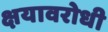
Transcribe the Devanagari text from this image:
क्षयावरोधी